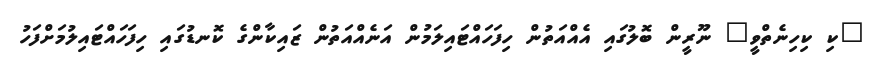
"ކި ކިހިނެތްވީ" ނޫރީން ބޮލުގައި އެއްއަތުން ހިފަހައްޓައިލަމުން އަނެއްއަތުން ޒައިކާންގެ ކޮނޑުގައި ހިފަހައްޓައިލުމަށްފަހު